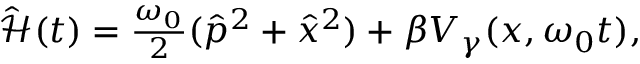
\begin{array} { r } { \hat { \mathcal { H } } ( t ) = \frac { \omega _ { 0 } } { 2 } ( \hat { p } ^ { 2 } + \hat { x } ^ { 2 } ) + \beta V _ { \gamma } ( x , \omega _ { 0 } t ) , } \end{array}